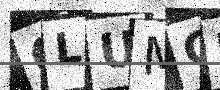
Text: GLUMGU